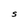
Character: S